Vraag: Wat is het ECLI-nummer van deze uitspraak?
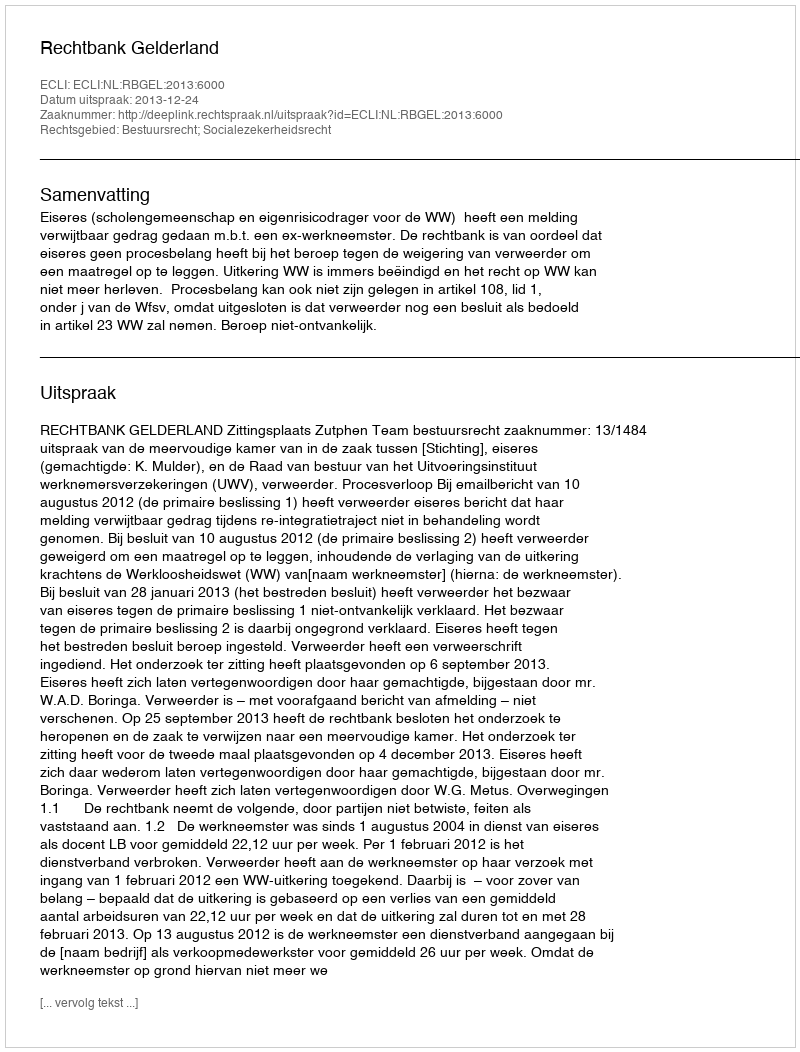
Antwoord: ECLI:NL:RBGEL:2013:6000